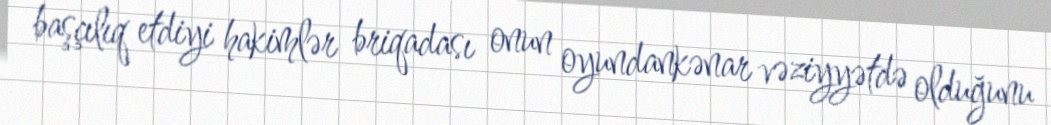
başçılıq etdiyi hakimlər briqadası onun oyundankənar vəziyyətdə olduğunu